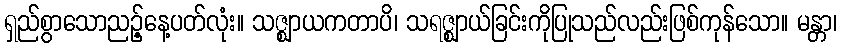
ရှည်စွာသောညဉ့်နေ့ပတ်လုံး။ သဇ္ဈာယကတာပိ၊ သရဇ္ဈာယ်ခြင်းကိုပြုသည်လည်းဖြစ်ကုန်သော။ မန္တာ၊